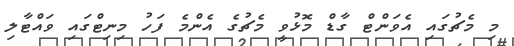
މި މެޗުގައި އެވަންޓް ގާޑް މޮޅުވީ މެޗުގެ އެންމެ ފަހު މިނިޓްގައި ވައްޓާލި